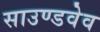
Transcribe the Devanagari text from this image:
साउण्डवेव